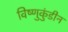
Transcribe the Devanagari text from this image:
विष्णुकुंडीन